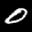
Label: 0